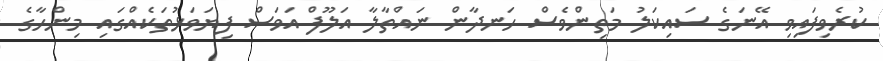
ކުރެވިފައިވި އޭނަގެ ސައިކަލު މަތިންވެސް ހަނދާން ނައްތާލާ އަލޫފް އަވަސް ފިޔަވަޅުތަކެއްގައި މިންހާގެ